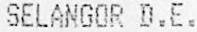
SELANGOR D.E.